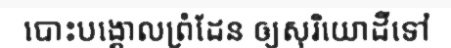
បោះបង្គោលព្រំដែន ឲ្យសុរិយោដីទៅ